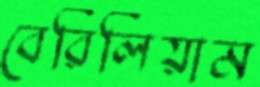
বেরিলিয়াম